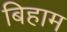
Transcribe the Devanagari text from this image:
बिहाम